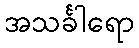
အသင်္ခါရော